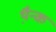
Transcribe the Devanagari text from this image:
थ़ैन्क